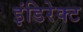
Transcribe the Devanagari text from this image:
इंडिरेक्ट